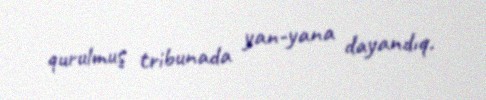
qurulmuş tribunada yan-yana dayandıq.